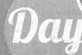
Day